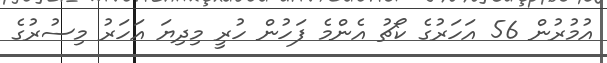
އުމުރުން 56 އަހަރުގެ ކޯޗު އެންމެ ފަހުން ހުރީ މިދިޔަ އަހަރު މިސުރުގެ